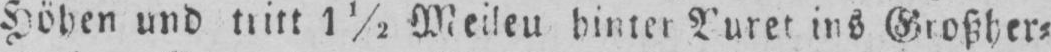
ins Großher⸗